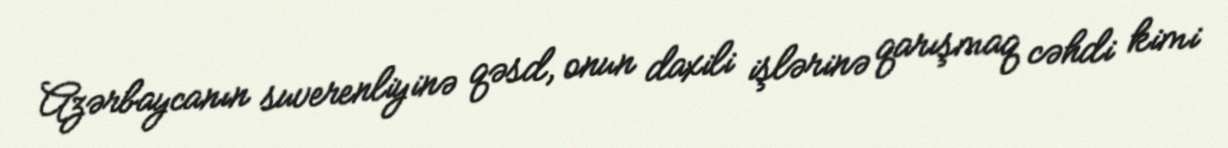
Azərbaycanın suverenliyinə qəsd, onun daxili işlərinə qarışmaq cəhdi kimi